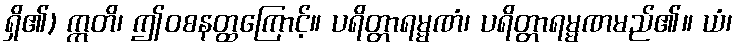
ရှိ၏) ဣတိ၊ ဤဝစနတ္ထကြောင့်။ ပရိတ္တာရမ္မဏံ၊ ပရိတ္တာရမ္မဏမည်၏။ ယံ၊